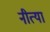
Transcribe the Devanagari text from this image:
नीत्या